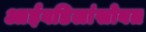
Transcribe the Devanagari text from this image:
आईवडिलांसोबत